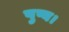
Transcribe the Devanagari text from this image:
पुष्य।